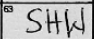
Transcription: SHW